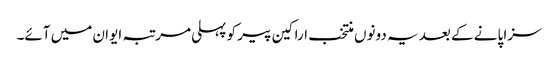
سزا پانے کے بعد یہ دونوں منتخب اراکین پیر کو پہلی مرتبہ ایوان میں آئے۔